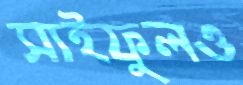
সাইফুলও